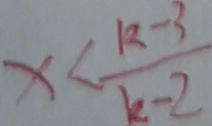
x < \frac { k - 3 } { k - 2 }